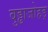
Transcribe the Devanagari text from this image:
बुड्ढाजोहड़